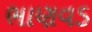
ભાણવડ